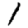
Digit: 1